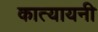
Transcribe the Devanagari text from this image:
कात्‍यायनी